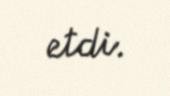
etdi.